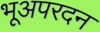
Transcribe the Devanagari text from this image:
भूअपरदन